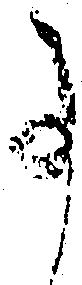
事